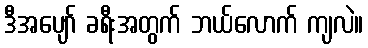
ဒီအပျော် ခရီးအတွက် ဘယ်လောက် ကျလဲ။